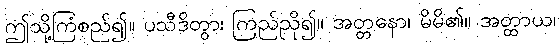
ဤသို့ကြံစည်၍။ ပသီဒိတွာ၊ ကြည်ညို၍။ အတ္တနော၊ မိမိ၏။ အတ္ထာယ၊